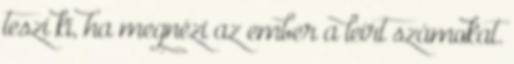
teszi ki, ha megnézi az ember a leírt számokat.